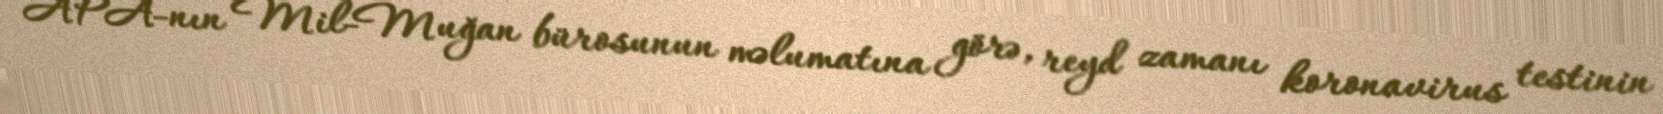
APA-nın Mil-Muğan bürosunun məlumatına görə, reyd zamanı koronavirus testinin